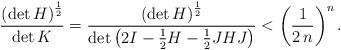
LaTeX: \begin{align*}\frac{\left(\det H\right)^\frac{1}{2}}{\det K}=\frac{\left(\det H\right)^\frac{1}{2}}{\det \left(2I-\frac{1}{2}H-\frac{1}{2}JHJ\right)}< \left(\frac{1}{2\,n}\right)^n.\end{align*}